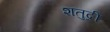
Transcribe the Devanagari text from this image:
शतुद्री